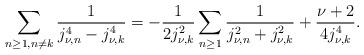
LaTeX: \begin{align*}\sum_{\substack{{n\geq1},{n\neq{k}}}}\frac{1}{j_{\nu,n}^4-{j_{\nu,k}^4}}=-\frac{1}{2j_{\nu,k}^2}\sum_{n\geq 1}\frac{1}{j_{\nu,n}^2+j_{\nu,k}^2}+\frac{\nu+2}{4j_{\nu,k}^4}.\end{align*}